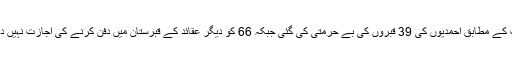
رپورٹ کے مطابق احمدیوں کی 39 قبروں کی بے حرمتی کی گئی جبکہ 66 کو دیگر عقائد کے قبرستان میں دفن کرنے کی اجازت نہیں دی گئی۔